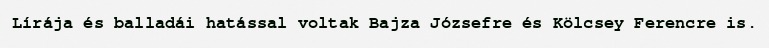
Lírája és balladái hatással voltak Bajza Józsefre és Kölcsey Ferencre is.